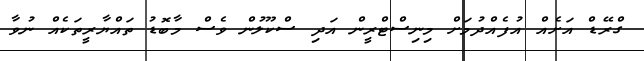
ގްރޭޑް އަށެއް އުފެއްދުމަށް މިނިސްޓްރީން އަދި ސްކޫލުން ވެސް މާބޮޑު ތައްޔާރީތަކެއް ނުވާ